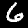
Digit: 6